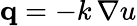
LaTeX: \mathbf{q}=-k\, \nabla u